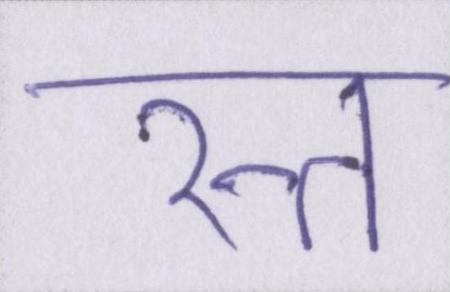
रत्न